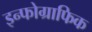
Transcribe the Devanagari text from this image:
इन्फोग्राफिक